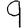
Digit: 9